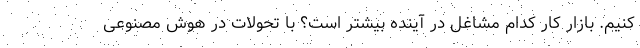
کنیم. بازار کار کدام مشاغل در آینده بیشتر است؟ با تحولات در هوش مصنوعی